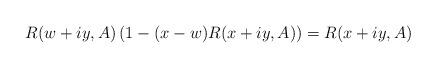
LaTeX: \begin{align*} R(w+iy,A)\left(1-(x-w)R(x+iy,A)\right)=R(x+iy,A)\end{align*}